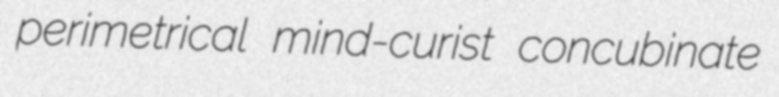
perimetrical mind-curist concubinate